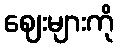
ဈေးများကို